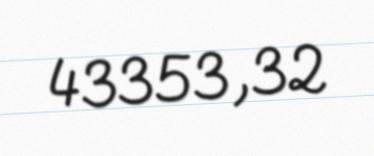
43353,32